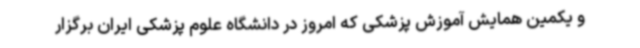
و یکمین همایش آموزش پزشکی که امروز در دانشگاه علوم پزشکی ایران برگزار